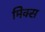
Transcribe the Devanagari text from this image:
मिक्‍स